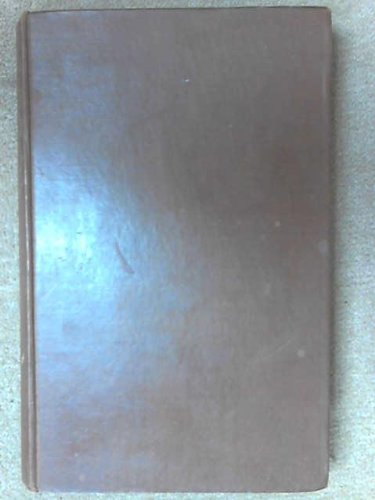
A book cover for The Syrian Desert: Caravans, Travel and Exploration; Christina Phelps Grant; Travel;